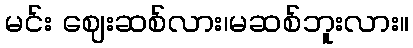
မင်း ဈေးဆစ်လား၊မဆစ်ဘူးလား။